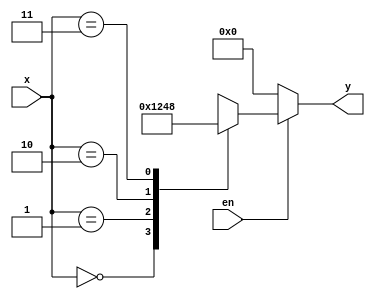
module exp2_1(x,en,y);
	input [1:0] x;
	input en;
	output reg [3:0] y;
	always @(x or en)
	if(en)
	begin
		case(x)
			2'd0:	y = 4'b0001;
			2'd1: y = 4'b0010;
			2'd2: y = 4'b0100;
			2'd3: y = 4'b1000;
			
			default: y = 4'b0000;
		endcase
	end
	else y = 4'b0000;
	
endmodule